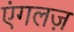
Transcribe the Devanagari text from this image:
एंगलज़